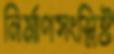
নির্মাণসংশ্লিষ্ট